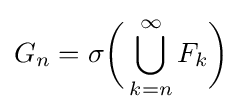
G_{n}=\sigma {\bigg (}\bigcup _{k=n}^{\infty }F_{k}{\bigg )}